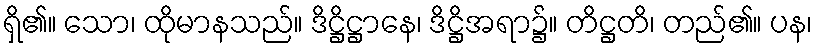
ရှိ၏။ သော၊ ထိုမာနသည်။ ဒိဋ္ဌိဋ္ဌာနေ၊ ဒိဋ္ဌိအရာ၌။ တိဋ္ဌတိ၊ တည်၏။ ပန၊